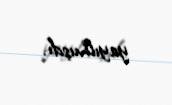
yayılmışdı.